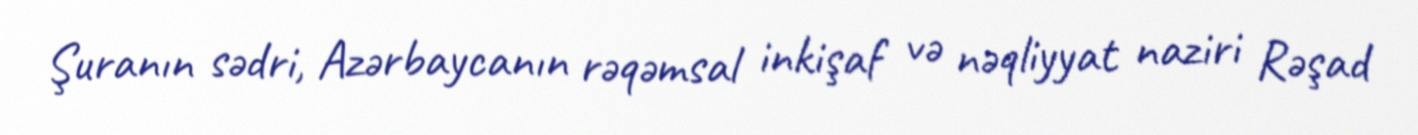
Şuranın sədri, Azərbaycanın rəqəmsal inkişaf və nəqliyyat naziri Rəşad